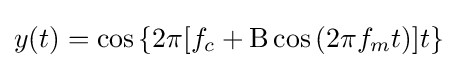
y(t)=\cos \left\{2\pi [f_{c}+\mathrm {B} \cos \left(2\pi f_{m}t\right)]t\right\}